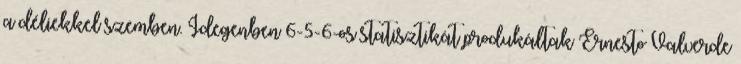
a déliekkel szemben. Idegenben 6-5-6-os statisztikát produkáltak Ernesto Valverde